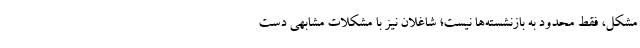
مشکل، فقط محدود به بازنشسته‌ها نیست؛ شاغلان نیز با مشکلات مشابهی دست